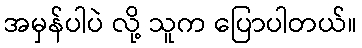
အမှန်ပါပဲ လို့ သူက ပြောပါတယ်။